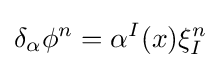
\delta _{\alpha }\phi ^{n}=\alpha ^{I}(x)\xi _{I}^{n}